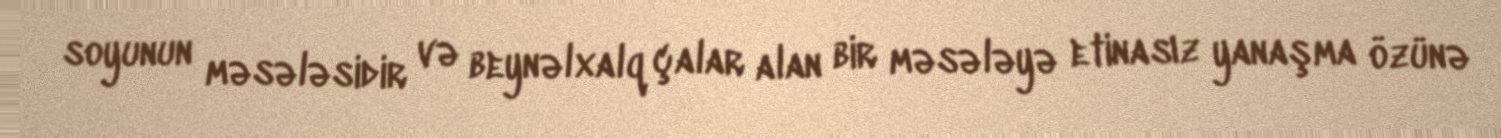
soyunun məsələsidir və beynəlxalq çalar alan bir məsələyə etinasız yanaşma özünə